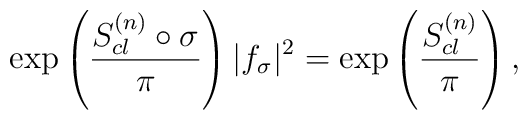
\exp \left({ S^{(n)}_{cl}\circ \sigma \over \pi}\right)|f_\sigma|^2=\exp \left({ S^{(n)}_{cl}\over\pi}\right),